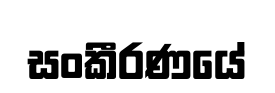
සංකීරණයේ